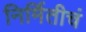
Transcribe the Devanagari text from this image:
निर्मितीचं